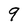
Character: 9